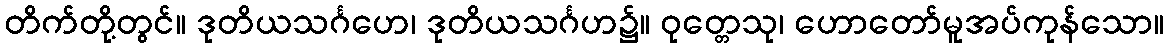
တိက်တို့တွင်။ ဒုတိယသင်္ဂဟေ၊ ဒုတိယသင်္ဂဟ၌။ ဝုတ္တေသု၊ ဟောတော်မူအပ်ကုန်သော။